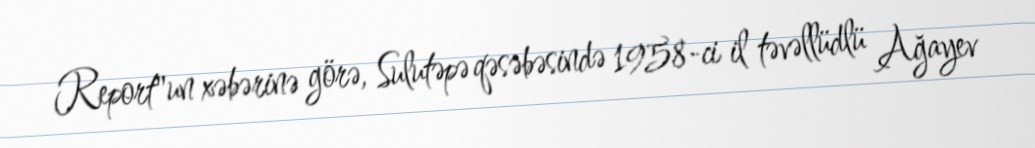
Report"un xəbərinə görə, Sulutəpə qəsəbəsində 1958-ci il təvəllüdlü Ağayev